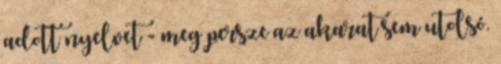
adott nyelvet - meg persze az akarat sem utolsó.